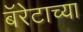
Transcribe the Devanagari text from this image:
बॅरेटाच्या